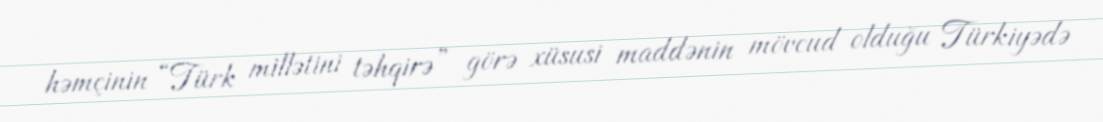
həmçinin “Türk millətini təhqirə” görə xüsusi maddənin mövcud olduğu Türkiyədə